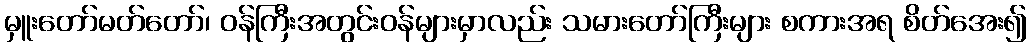
မှူးတော်မတ်တော်၊ ဝန်ကြီးအတွင်းဝန်များမှာလည်း သမားတော်ကြီးများ စကားအရ စိတ်အေး၍